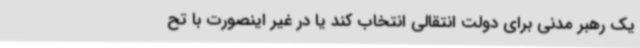
یک رهبر مدنی برای دولت انتقالی انتخاب کند یا در غیر اینصورت با تح